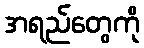
အရည်တွေကို